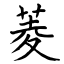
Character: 菱